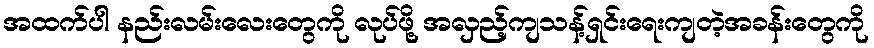
အထက်ပါ နည်းလမ်းလေးတွေကို လုပ်ဖို့ အလှည့်ကျသန့်ရှင်းရေးကျတဲ့အခန်းတွေကို